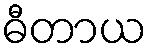
ဓီတာယ